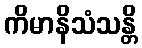
ကိမာနိသံသန္တိ